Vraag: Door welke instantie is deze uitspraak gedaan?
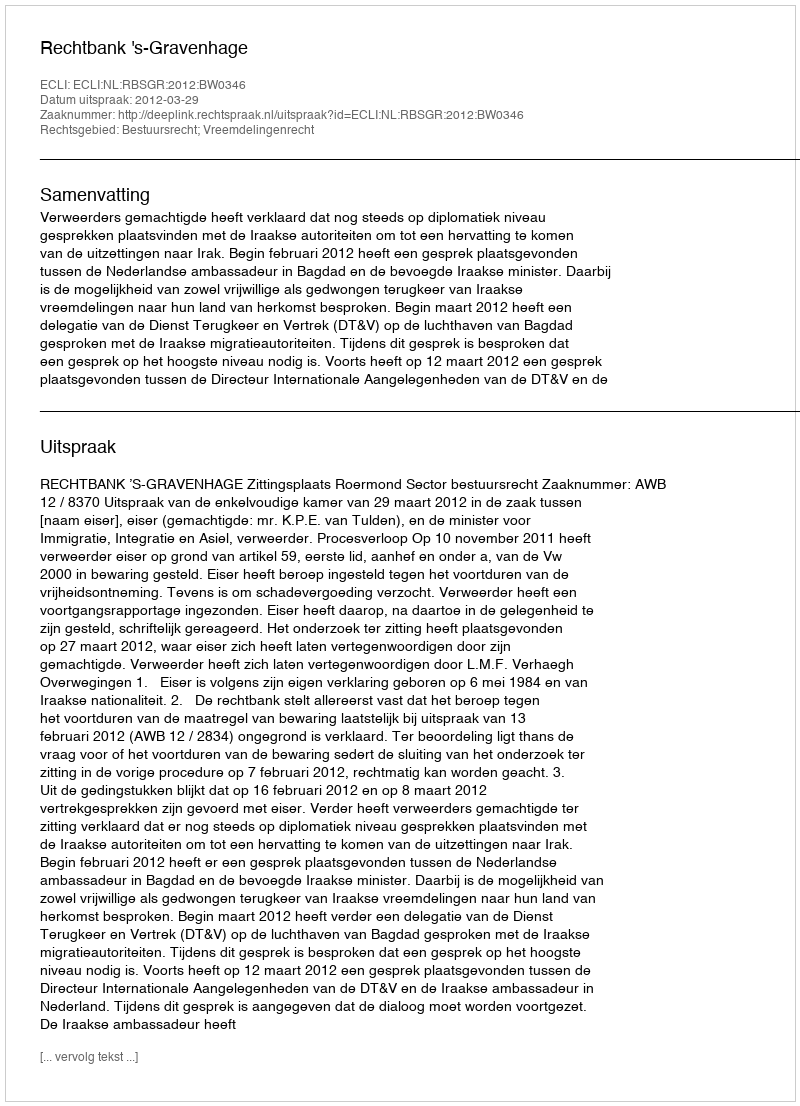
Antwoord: Rechtbank 's-Gravenhage